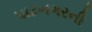
પાટનગરની